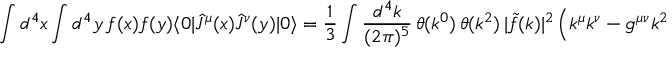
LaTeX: \int d ^ { 4 } x \int d ^ { 4 } y \, f ( x ) f ( y ) \langle 0 | \hat { J } ^ { \mu } ( x ) \hat { J } ^ { \nu } ( y ) | 0 \rangle = \frac { 1 } { 3 } \int \frac { d ^ { 4 } k } { ( 2 \pi ) ^ { 5 } } \, \theta ( k ^ { 0 } ) \, \theta ( k ^ { 2 } ) \, | \tilde { f } ( k ) | ^ { 2 } \left( k ^ { \mu } k ^ { \nu } - g ^ { \mu \nu } k ^ { 2 } \right) \ ,